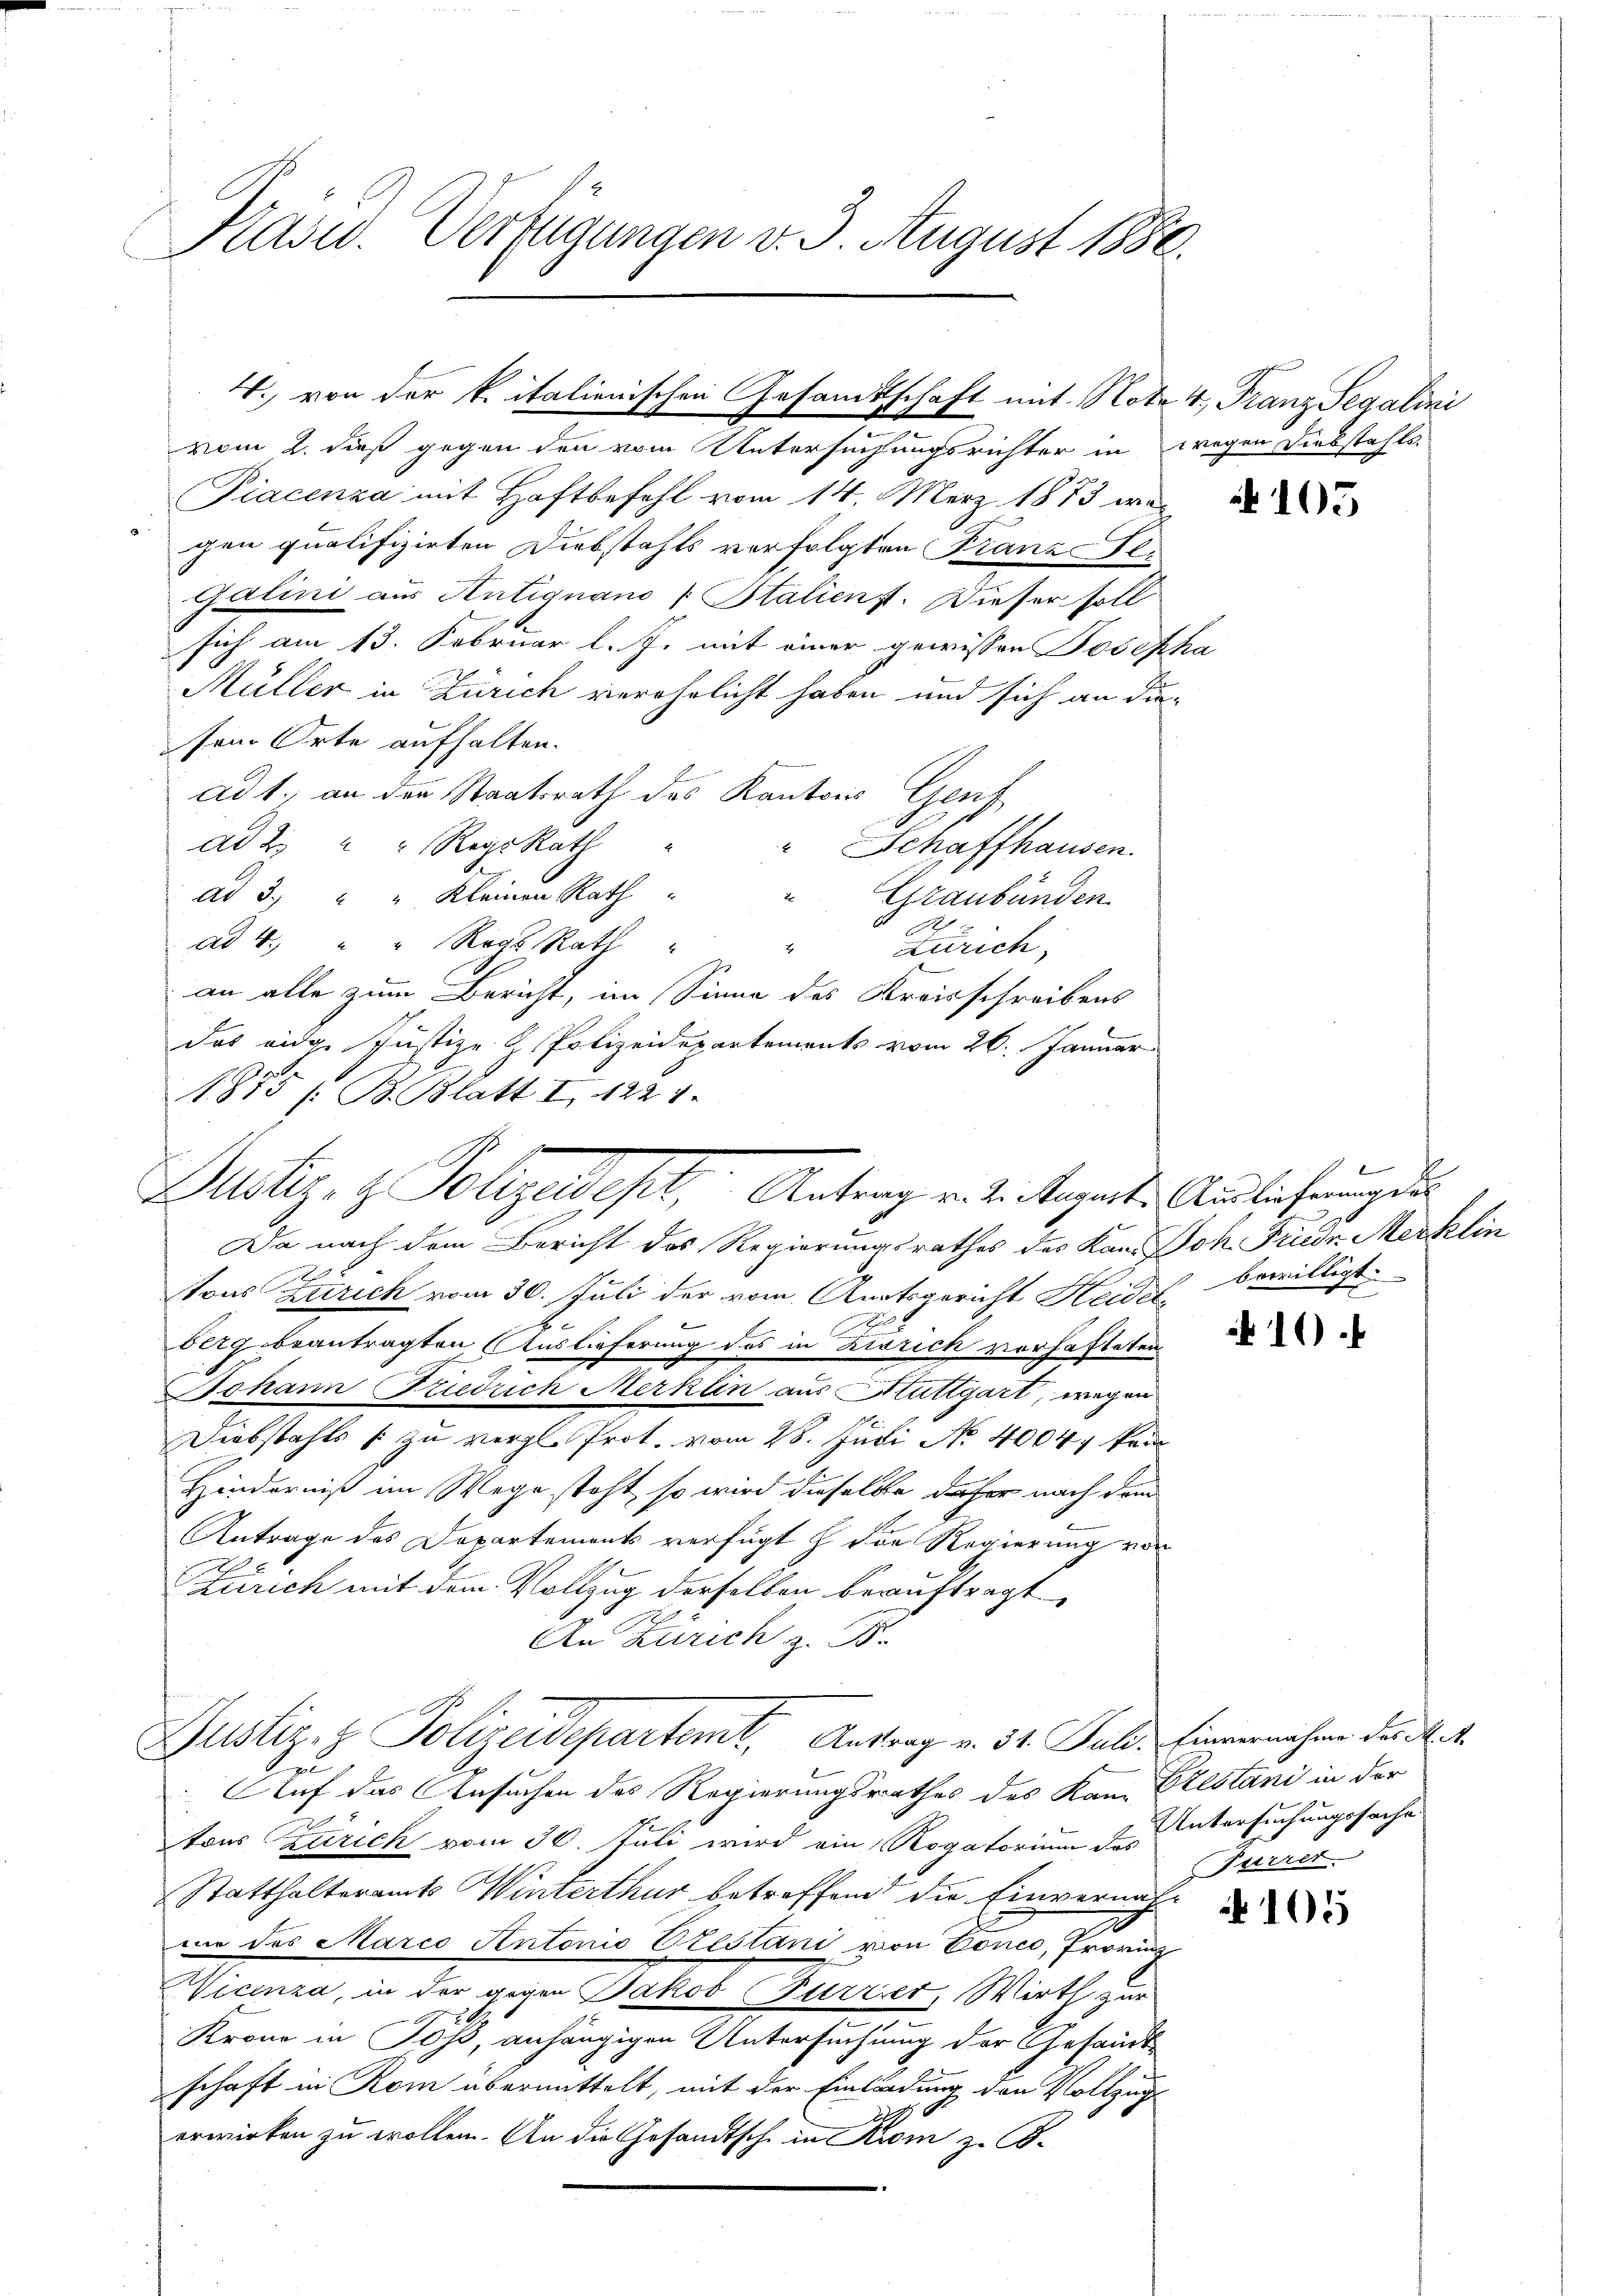
Kasw. Verfügungen v. 3. August 1886.

vom 2. dieß gegen den vom Untersuchungsrichter in wegen Diebstahls-
Piacenza mit Haftbefehl vom 14. März 1883 war
gen qualifizirten Diebstahls verfolgten Franze Te
Galini aus Antignano [Italienst. Dieser soll
sich am 13. Februar l. J. mit einer gewissen Josepha
Müller in Zürich verehrlicht haben und sich an die
sen Orte aufhalten.
ad 1. an den Staatsrath des Kantons Genf
ad 2. " RegsRath
Schaffhausen.
ad 3. " " Kleinen Rath
" Graubünden
1
ad 4. " " Rogs Rath
" Zürich
an alle zum Bericht, im Sinne des Kreisschreibens
das eidge Justiz- & Polizeidepartements vom 26. Januar
1875 / B. Blatt I 122 1.
Da nach dem Bericht des Regierungsrathes des Kan Joh. Friedr. Merklin
.
tons Zürich vom 30. Juli der vom Anatsgericht Heidel¬
1
f
berg beantragten Auslieferung des in Risrich vorhafteten
Johann Friedrich Merklin aus Stuttgart, wegen
Diebstahls zu vergl. Prot. vom 28. Juni No 40041 kam
Hinderniß im Wege steht, so wird dieselbe daher nach dem
Antrage des Departements verfügt h. die Regierung von
Zürich mit dem Vollzug derselben beauftragt,
An Zürich z. B.
Justiz- & Polizeidepartemt. Antrag v. 31. Juld. Einvernahme des Met
u
Auf das Ansuchen des Regierungsrathes des Kann Pestani in der
tons Zürich vom 30. Juli wird ein Rogatorium des Untersuchungssache
Statthalteramts Winterthur betreffend die Einvernachnie des Marco Antonio Vtestani von Conce, Provinz
Wicenza, in der gegen Jakob Fierzier, Wirth zur
Krone in Joss, anhängigen Untersuchung der Gesandtschaft in Rom übermittelt, mit der Einladung den Vollzug
erwirken zu wollen. An die Gesandtsche in Krom z. B.

4. von der kritalienischen Gesamtschaft mit Note 4. Franz Segalini

Justiz- & Polizeist, Antrag v. 2. Separte Auslehrungen

f
bewilligt.

16

Furrer

105